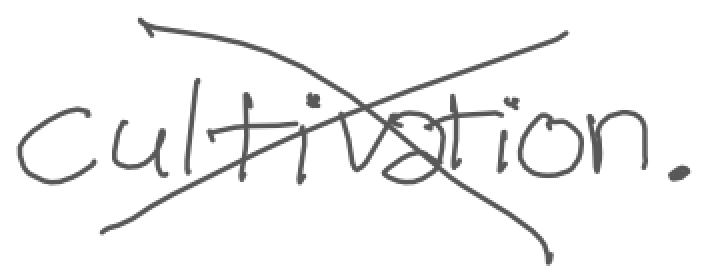
Text: cultivation.
Cross-out: cross
Writing tool: digital_gray